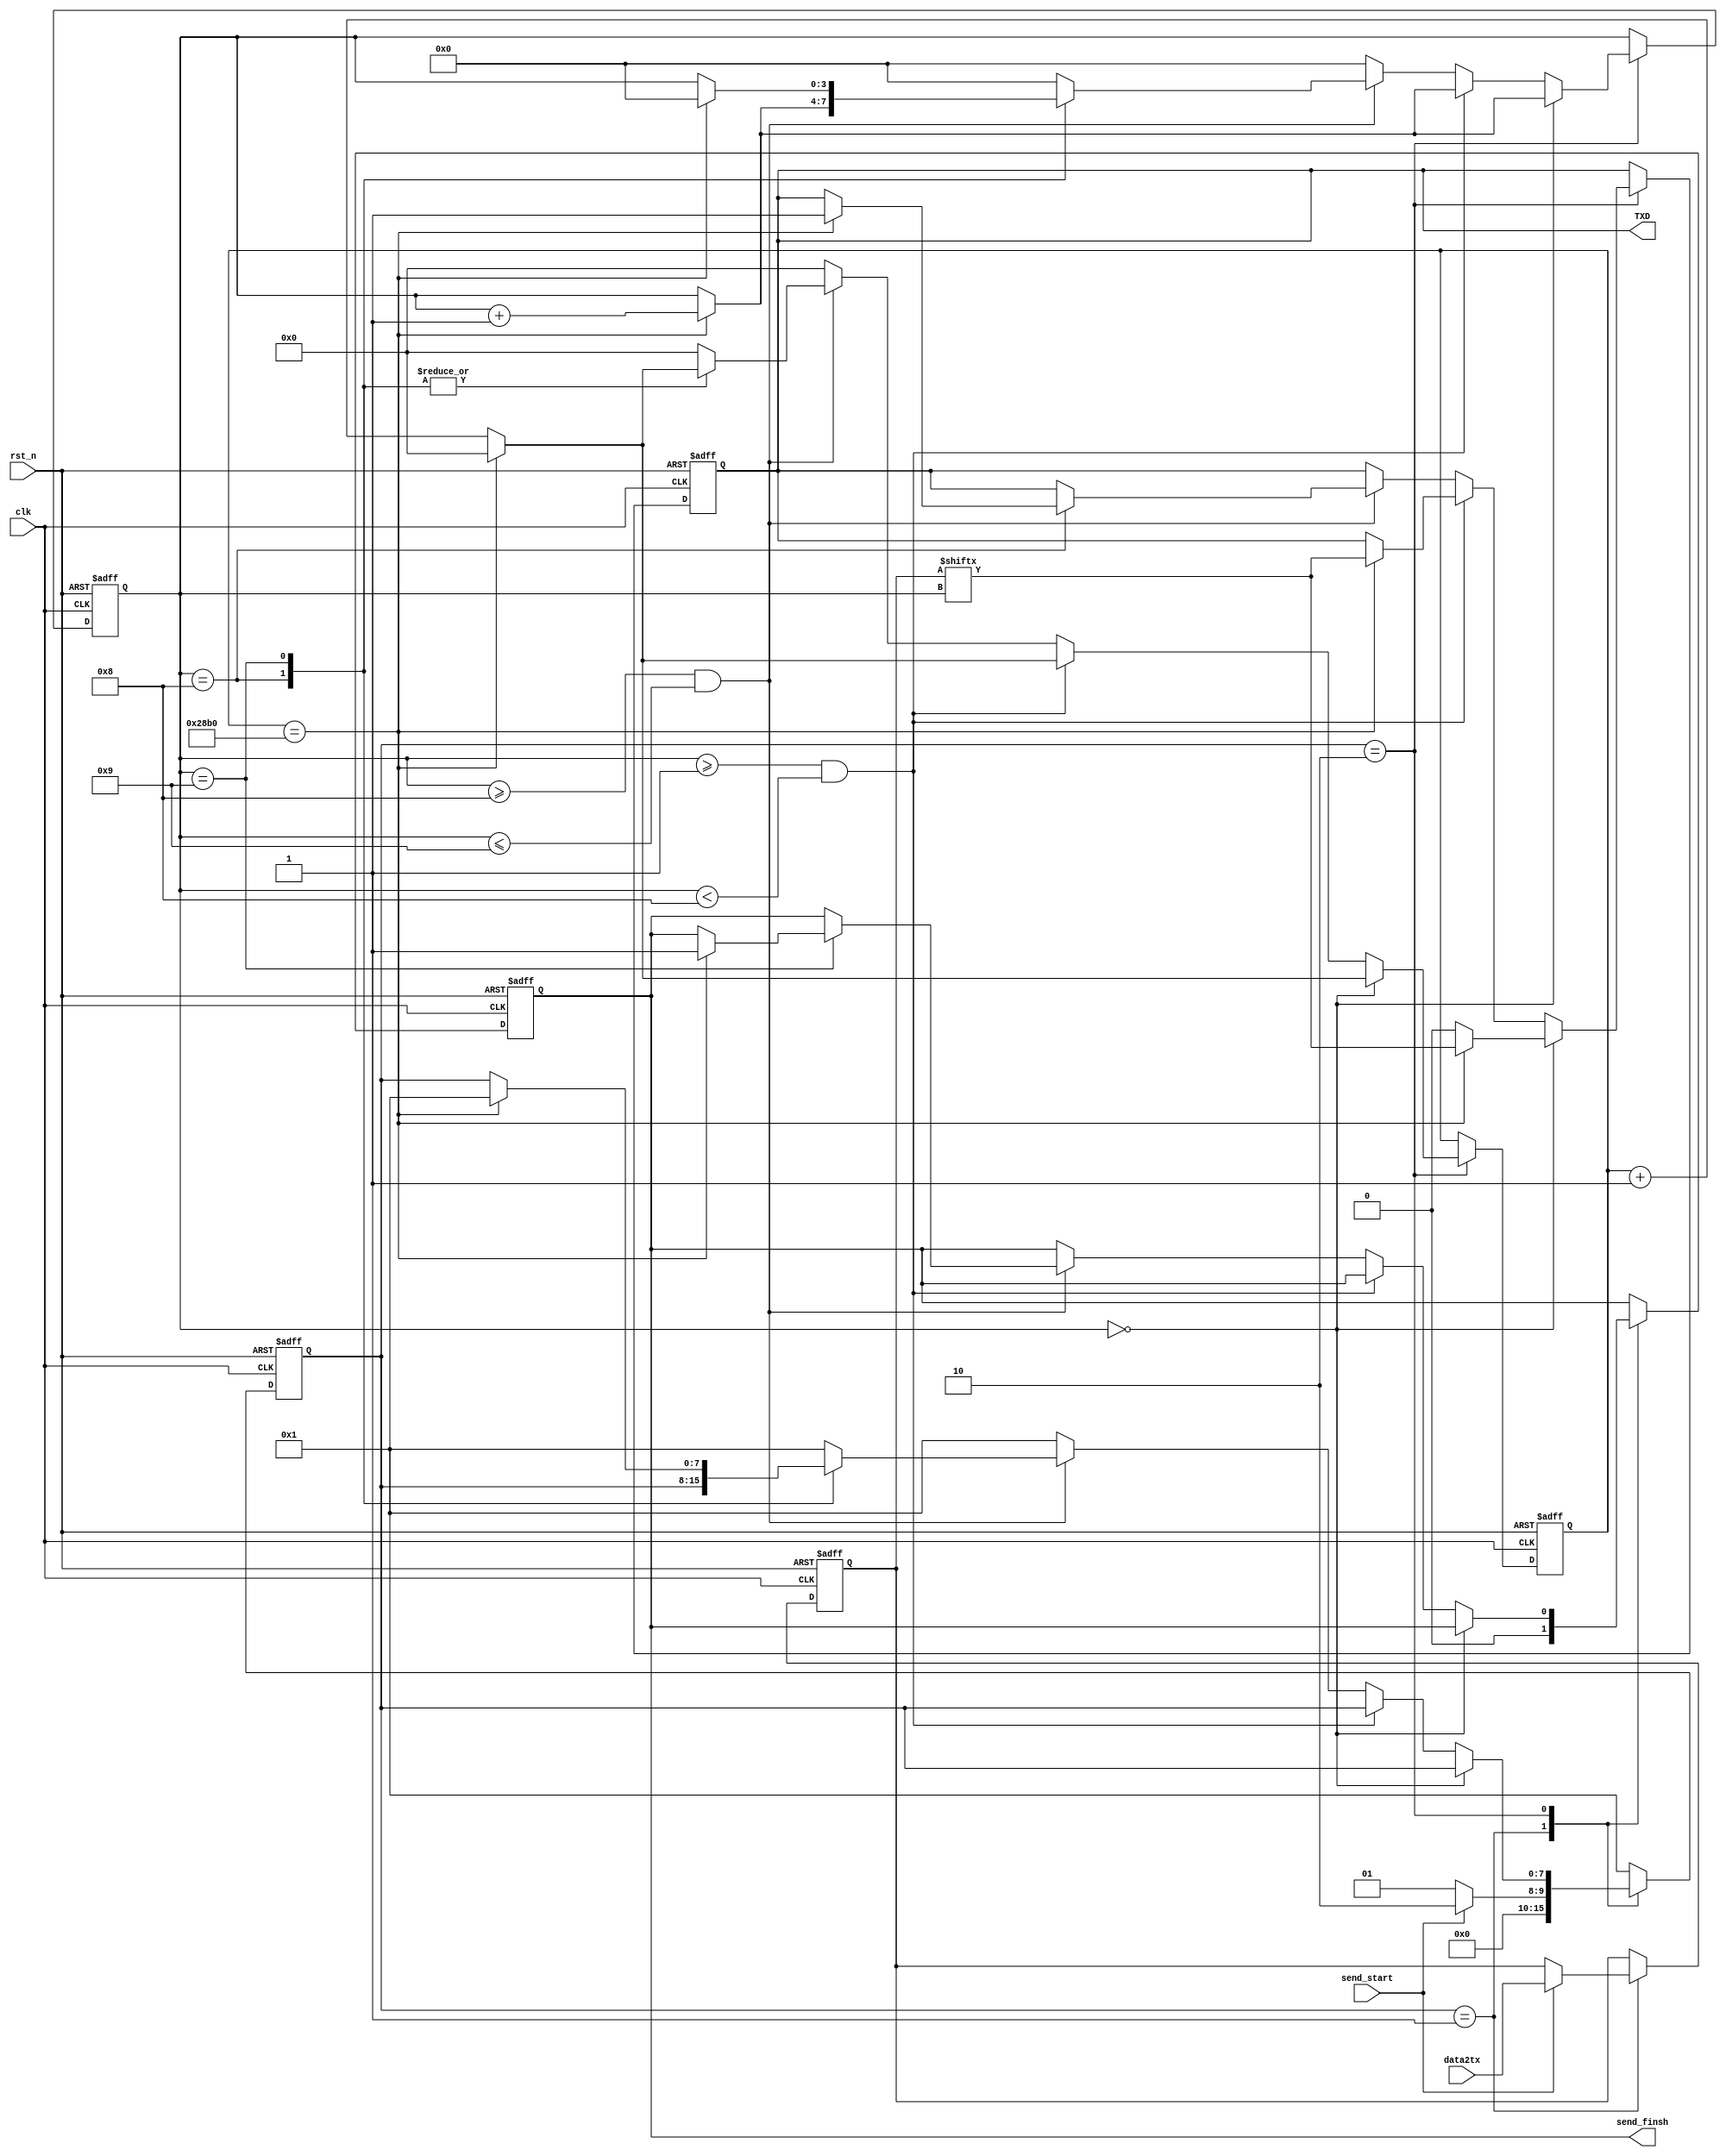
module UART_TX
#(	parameter	BAUD_SET_COUNTER = 10416	//100M, 9600
	)
(
	input 				clk		,
	input				rst_n	,
	input		[7:0]	data2tx	,
	input				send_start,
	output	reg			TXD		,
	output	reg			send_finsh
	);
	
	reg	[31:0]	counter;
	reg [7:0]	data;
	reg	[3:0]	bit_cnt;
	reg			send_start_reg1, send_start_reg2;
	reg	[7:0]	state;
	localparam
		TX_Idel			= 8'b0000_0001,
		TX_start		= 8'b0000_0010;
//		TX_Idel			= 8'b0000_0100,
//		TX_Idel			= 8'b0000_1000,
//		TX_Idel			= 8'b0001_0000,
//		TX_Idel			= 8'b0010_0000,
//		TX_Idel			= 8'b0100_0000;
	
	always	@ (posedge clk or negedge rst_n)
	begin
		if (!rst_n)
		begin
			send_start_reg1 <= 1'b0;
			send_start_reg2 <= 1'b0;
		end
		else
		begin
			send_start_reg1 <= send_start;
			send_start_reg2 <= send_start_reg1;
		end
			
	end
	
	always	@ (posedge clk or negedge rst_n)
	begin
		if (!rst_n)
		begin
			counter <= 32'd0;
			data	<= 8'd0;
			bit_cnt <= 4'd0;
			TXD 	<= 1'b1;
            send_finsh <= 1'd0;
			//cnt		<= 0;
			state <= TX_Idel;
		end
		else
			case (state)
				TX_Idel	:
					begin		
						send_finsh <= 1'b0;
						//if (send_start_reg1 & !send_start_reg2)
						if (send_start)
						begin
							data  <= data2tx;
							state <= TX_start;							
						end
						else
							state <= TX_Idel;					
					end
				
				TX_start	:
					begin
						//cnt <= cnt + 1;
						counter <= counter + 1'd1;
						if (bit_cnt == 4'd0)
						begin
							TXD <= 1'b0;
							if (counter == BAUD_SET_COUNTER)
							begin
								bit_cnt	<= bit_cnt + 1'b1;
								TXD	<= data[bit_cnt];
								counter	<= 32'd0;
							end						
						end
						else if ((bit_cnt >= 1)&&(bit_cnt < 8))
						begin
							if (counter == BAUD_SET_COUNTER)
							begin
								bit_cnt	<= bit_cnt + 1'b1;
								counter	<= 32'd0;
								TXD	<= data[bit_cnt ];							
							end							
						end
						else if ((bit_cnt >= 8) && (bit_cnt <= 9))
							case (bit_cnt)
								8	:
									if (counter == BAUD_SET_COUNTER)
										begin
											TXD <= 1'b1;
											bit_cnt	<=  bit_cnt + 1'b1;
											counter	<= 32'd0;
										end	
								9	:
									if (counter == BAUD_SET_COUNTER)
									begin
										bit_cnt	<= 4'd0;
										counter	<= 32'd0;
										send_finsh <= 1'b1;
										state <= TX_Idel;
									end		
								default	:
									begin
										bit_cnt	<= 4'd0;
										counter	<= 32'd0;
										state <= TX_Idel;
									end
							endcase
						else
						begin
							bit_cnt	<= 4'd0;
							counter	<= 32'd0;
							state <= TX_Idel;
						end	
					end
				default	:	state <= TX_Idel;
			endcase
	end
endmodule